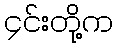
၄င်းတို့က